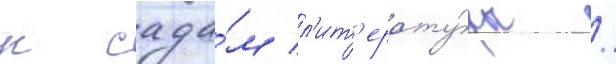
к сада́м л'ит'ерату́ры /